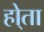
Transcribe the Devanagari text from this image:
हो्ता